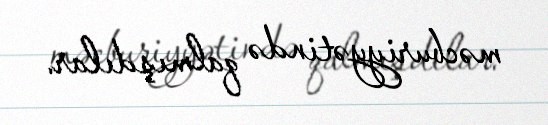
məcburiyyətində qalmışdılar.